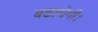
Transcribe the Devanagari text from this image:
बढायेगी।